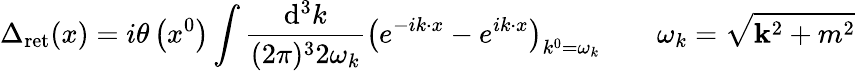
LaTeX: \Delta_{\mathrm{ret}}(x)=i\theta\left(x^{0}\right)\int{\frac{\mathrm{d}^{3}k}{(2\pi)^{3}2\omega_{k}}}\left(e^{-ik\cdot x}-e^{ik\cdot x}\right)_{k^{0}=\omega_{k}}\qquad\omega_{k}={\sqrt{\mathbf{k}^{2}+m^{2}}}